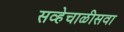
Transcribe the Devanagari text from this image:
सव्हेचाळीसवा